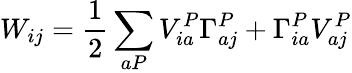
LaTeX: W_{ij}=\frac{1}{2}\sum_{aP}V_{ia}^{P}\Gamma_{aj}^{P}+\Gamma_{ia}^{P}V_{aj}^{P}